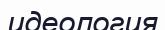
идеология